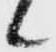
候